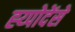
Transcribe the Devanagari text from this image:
ह्य्पोदेंसे